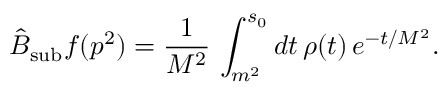
\hat { B } _ { \mathrm { s u b } } f ( p ^ { 2 } ) = \frac { 1 } { M ^ { 2 } } \, \int _ { m ^ { 2 } } ^ { s _ { 0 } } d t \, \rho ( t ) \, e ^ { - t / M ^ { 2 } } .